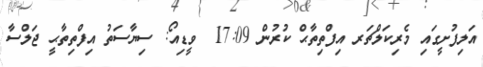
އަލިފުށީގައި މެރިކަލްޗަރ އިފްތިތާޙް ކުރުން 17:09  ވީޑިއޯ: ސިޔާސަތު އިފްތިތާޙީ ޖަލްސާ